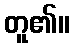
တူ၏။